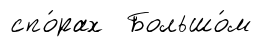
спо́рах Большо́м